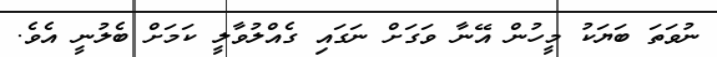
ނުވަތަ ބަޔަކު މީހުން އޭނާ ވަގަށް ނަގައި ގެއްލުވާލީ ކަމަށް ބެލުނީ އެވެ.